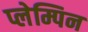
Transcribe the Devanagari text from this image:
प्लेम्पिन